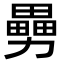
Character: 𠢿